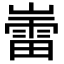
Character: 𫶘